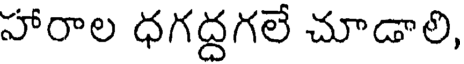
హారాల ధగద్దగలే చూడాలి,